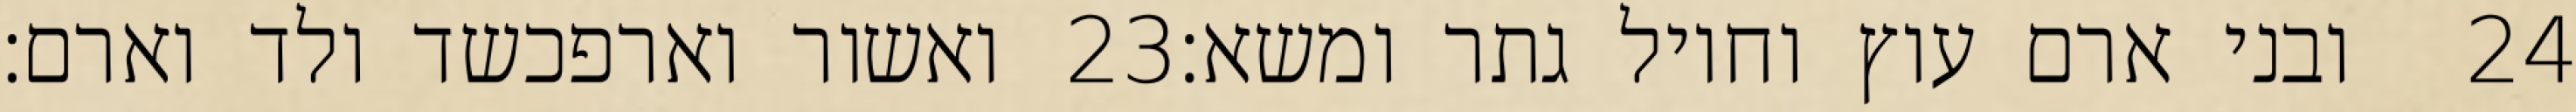
ואשור וארפכשד ולד וארם׃ ‎23‏ ובני ארם עוץ וחויל גתר ומשא׃ ‎24‏